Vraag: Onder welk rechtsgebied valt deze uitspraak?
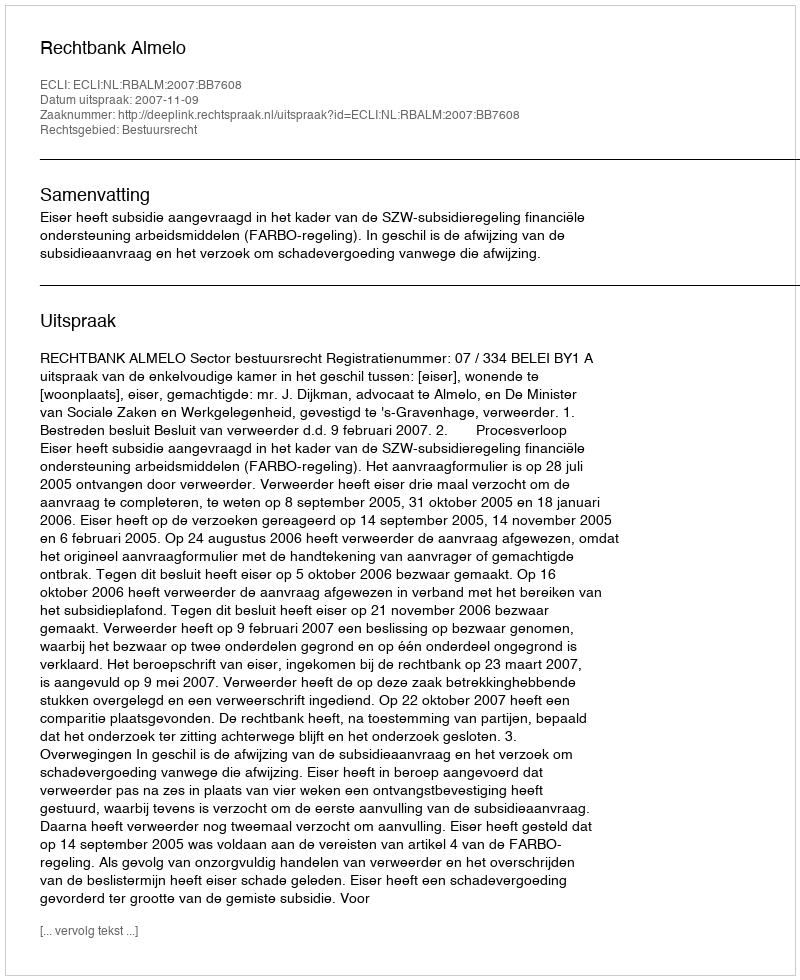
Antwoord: Bestuursrecht